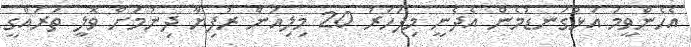
އެހެންވީމަ އަޅުގަނޑުމެން އެދެނީ މިފަހަރު 20 މިލިއަން ރުފިޔާ ދިނުމަށް ވޮލީ ތަރައްގީ